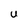
Character: U